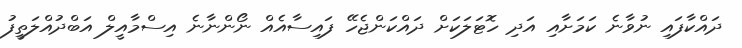
ދައްކާފައި ނުވާނެ ކަމަށާއި އަދި ހޮޓަލަކަށް ދައްކަންޖެހޭ ފައިސާއެއް ނޯންނާނެ އިސްމާއީލް އަބްދުއްލަތީފު